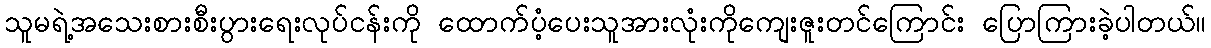
သူမရဲ့အသေးစားစီးပွားရေးလုပ်ငန်းကို ထောက်ပံ့ပေးသူအားလုံးကိုကျေးဇူးတင်ကြောင်း ပြောကြားခဲ့ပါတယ်။